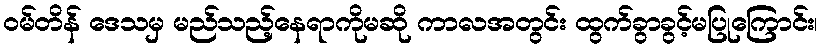
ဝမ်တိန် ဒေသမှ မည်သည့်နေရာကိုမဆို ကာလအတွင်း ထွက်ခွာခွင့်မပြုကြောင်း၊